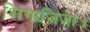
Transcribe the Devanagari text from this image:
शिंगाज़िजा।